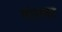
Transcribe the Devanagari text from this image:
मोसका